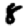
Digit: 8